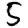
Digit: 5